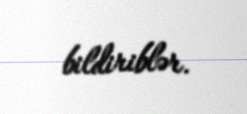
bildiriblər.